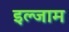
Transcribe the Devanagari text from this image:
इल्‍जाम